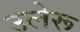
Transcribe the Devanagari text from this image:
उलेरू